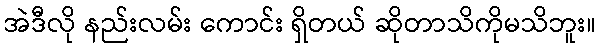
အဲဒီလို နည်းလမ်း ကောင်း ရှိတယ် ဆိုတာသိကိုမသိဘူး။